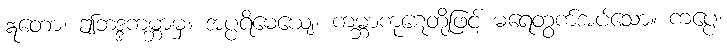
ဣတော၊ ဤဘဒ္ဒကမ္ဘာမှ။ အပ္ပရိမေယျေ၊ ကမ္ဘာကုဋေတို့ဖြင့် မရေတွက်အပ်သော။ ကပ္ပေ၊